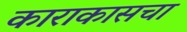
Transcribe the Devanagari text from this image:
काराकासचा